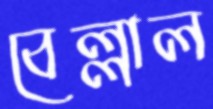
বেল্লাল